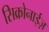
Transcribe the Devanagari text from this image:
सिक्रोनाईज़